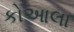
કોઆલા